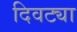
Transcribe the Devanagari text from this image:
दिवट्या